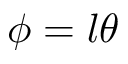
\phi = l \theta